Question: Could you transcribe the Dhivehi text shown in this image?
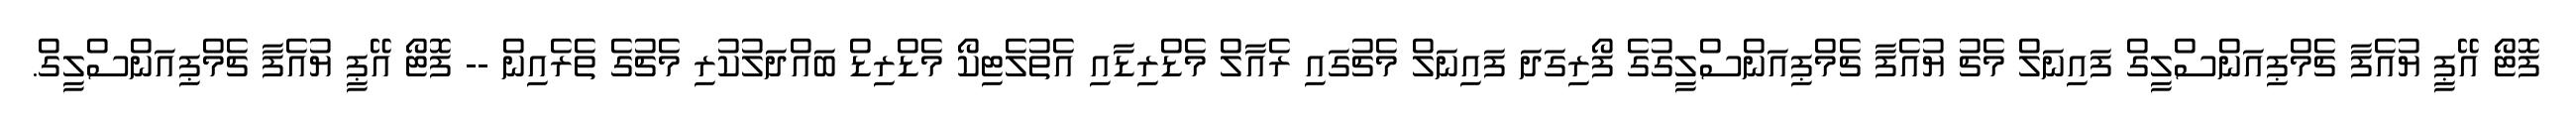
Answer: ފޮޓޯ އޭޕީ ޔުއެފާ ޗެމްޕިއަންސްލީގް ފައިނަލް މެޗު ޔުއެފާ ޗެމްޕިއަންސްލީގުގެ ފޯރިގަދަ ފައިނަލް މެޗުގައި ރެއާލް މެޑްރިޑާއި އެތުލެޓިކޯ މެޑްރިޑް ބައްދަލުކުރި މެޗުގެ ތެރެއިން -- ފޮޓޯ އޭޕީ ޔުއެފާ ޗެމްޕިއަންސްލީގް.